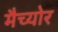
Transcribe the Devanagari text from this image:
मैच्योर